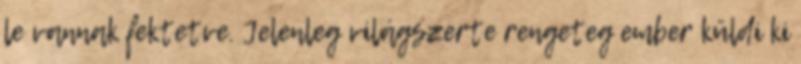
le vannak fektetve. Jelenleg világszerte rengeteg ember küldi ki